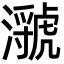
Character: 㶁